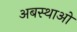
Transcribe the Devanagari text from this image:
अबस्थाओ